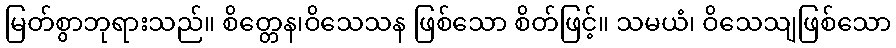
မြတ်စွာဘုရားသည်။ စိတ္တေန၊ဝိသေသန ဖြစ်သော စိတ်ဖြင့်။ သမယံ၊ ဝိသေသျဖြစ်သော